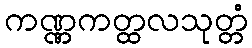
ကဏ္ဏကတ္ထလသုတ္တံ